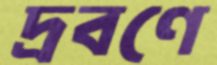
দ্রবণে